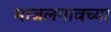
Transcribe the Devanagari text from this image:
माजलगावच्या